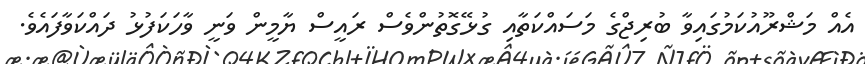
އެއް މަޝްރޫއުކަމުގައިވާ ބުރިޖްގެ މަސައްކަތާއި ގުޅޭގޮތުންވެސް ރައީސް ޔާމީން ވަނީ ވާހަކަފުޅު ދައްކަވާފައެވެ.